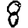
Digit: 8